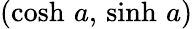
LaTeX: (\cosh\, a,\, \sinh\, a)